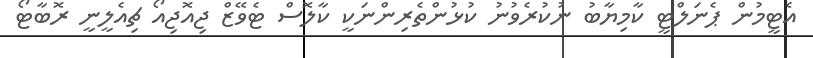
އެޓީމުން ޕެނަލްޓީ ކާމިޔާބު ނުކުރެވުނު ކުޅުންތެރިންނަކީ ކާލޮސް ޓެވޭޒް ޖިއޮޖިއޯ ޗިއެލީނީ ރޮބާޓޯ